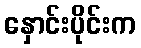
နှောင်းပိုင်းက